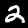
Digit: 2